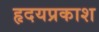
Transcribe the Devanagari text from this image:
हृदयप्रकाश